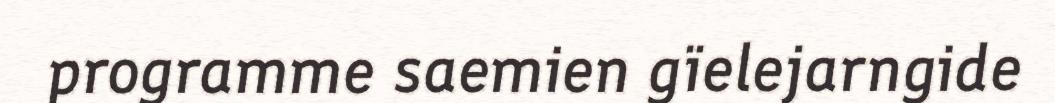
programme saemien gïelejarngide